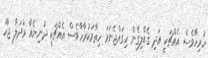
ހުރިހާވެސް އެއްޗަކީ އަދި ގެއްލިގެން ހިގައްޖެނަމަ ހިތާމަކުރާހާވެސް އެއްޗަކީ ދުނިޔެއާ މުދަލާ ޖާހު